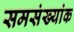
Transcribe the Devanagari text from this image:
समसंख्यांक